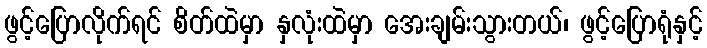
ဖွင့်ပြောလိုက်ရင် စိတ်ထဲမှာ နှလုံးထဲမှာ အေးချမ်းသွားတယ်၊ ဖွင့်ပြောရုံနှင့်